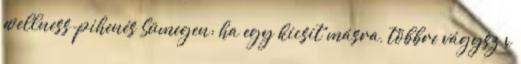
wellness-pihenés Sümegen: ha egy kicsit másra, többre vágysz x